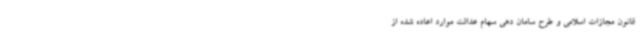
قانون مجازات اسلامی و طرح سامان دهی سهام عدالت موارد اعاده شده از